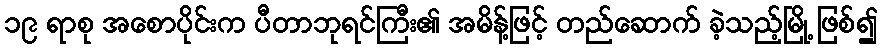
၁၉ ရာစု အစောပိုင်းက ပီတာဘုရင်ကြီး၏ အမိန့်ဖြင့် တည်ဆောက် ခဲ့သည့်မြို့ ဖြစ်၍